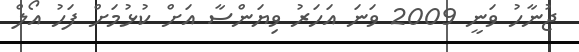
ޖުނާހު ވަނީ 2009 ވަނަ އަހަރު ވިޔަންސާ އަށް ކުޅުމަށް ފަހު އޯލް